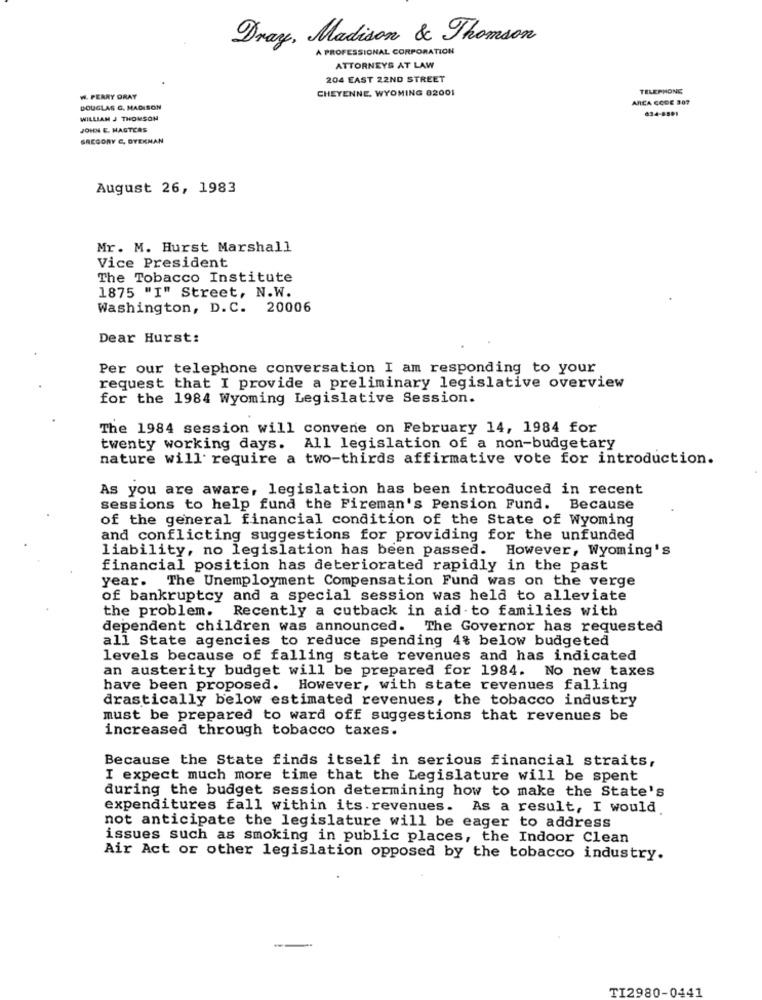
Dray, Madison & Thomson
A PROFESSIONAL CORPORATION
ATTORNEYS AT LAW
204 EAST 22ND STREET
CHEYENNE, WYOMING 82001
TELEPHONE
W. FERRY ORAY
AREA CODE 307
DOUGLAS G. MADISON
634-8891
WILLIAM J THOMSON
JOHN E. HAGTCAS
GREGORY C. DYEKMAN
August 26, 1983
Mr. M. Hurst Marshall
Vice President
The Tobacco Institute
1875 "I" Street, N.W.
Washington, D.C. 20006
Dear Hurst:
Per our telephone conversation I am responding to your
request that I provide a preliminary legislative overview
for the 1984 Wyoming Legislative Session.
The 1984 session will convene on February 14, 1984 for
twenty working days. All legislation of a non-budgetary
nature will require a two-thirds affirmative vote for introduction.
As you are aware, legislation has been introduced in recent
sessions to help fund the Fireman's Pension Fund. Because
of the general financial condition of the State of Wyoming
and conflicting suggestions for providing for the unfunded
liability, no legislation has been passed. However, Wyoming's
financial position has deteriorated rapidly in the past
year. The Unemployment Compensation Fund was on the verge
of bankruptcy and a special session was held to alleviate
the problem. Recently a cutback in aid to families with
dependent children was announced. The Governor has requested
all State agencies to reduce spending 4% below budgeted
levels because of falling state revenues and has indicated
an austerity budget will be prepared for 1984. No new taxes
have been proposed. However, with state revenues falling
drastically below estimated revenues, the tobacco industry
must be prepared to ward off suggestions that revenues be
increased through tobacco taxes.
Because the State finds itself in serious financial straits,
I expect much more time that the Legislature will be spent
during the budget session determining how to make the State's
expenditures fall within its. revenues. As a result, I would
not anticipate the legislature will be eager to address
issues such as smoking in public places, the Indoor Clean
Air Act or other legislation opposed by the tobacco industry.
TI2980-0441